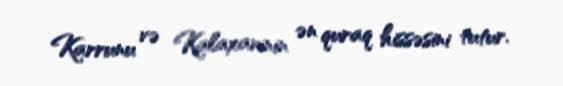
Karrunu və Kalaxarinin ən quraq hissəsini tutur.